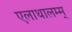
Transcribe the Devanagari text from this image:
एलाथालम्म्